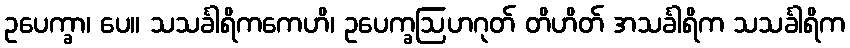
ဥပေက္ခာ၊ ပေ။ သသင်္ခါရိကကေဟိ၊ ဥပေက္ခဩဟဂုတ် တိဟိတ် အသင်္ခါရိက သသင်္ခါရိက